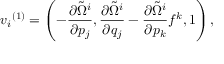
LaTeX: { v _ { i } } ^ { ( 1 ) } = \left( - { \frac { \partial { \tilde { \Omega } } ^ { i } } { \partial p _ { j } } } , { \frac { \partial { \tilde { \Omega } } ^ { i } } { \partial q _ { j } } } - { \frac { \partial { \tilde { \Omega } } ^ { i } } { \partial p _ { k } } } f ^ { k } , 1 \right) ,